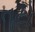
તૂટો